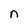
Character: n